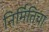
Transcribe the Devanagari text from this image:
निर्मितिचा